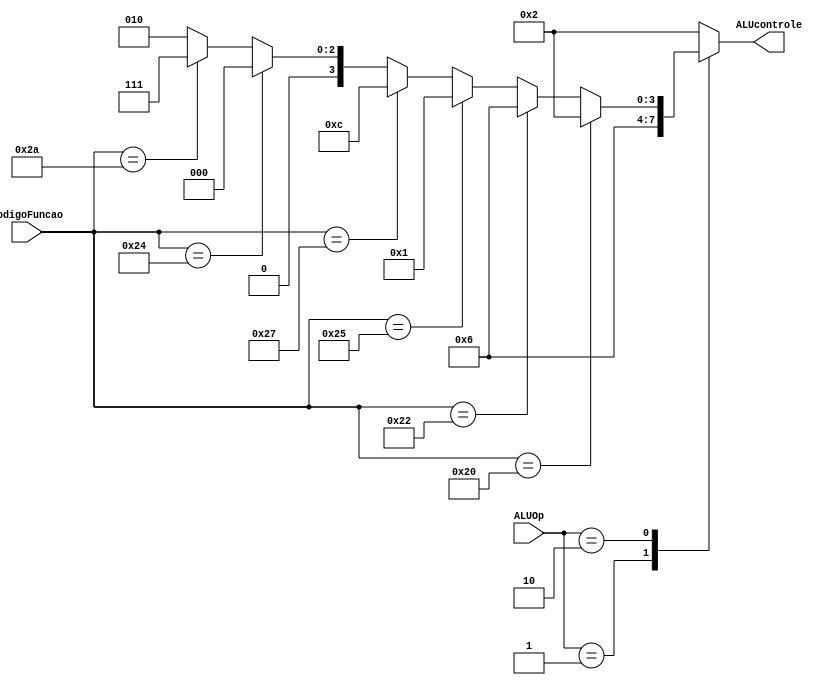
module alucontrol (ALUOp, codigoFuncao, ALUcontrole);
	input [1:0] ALUOp;
	input [5:0] codigoFuncao;
	output reg [3:0] ALUcontrole;
	
	always @(*) begin
		case(ALUOp)
			0: ALUcontrole <= 2;  //lw, sw....nao possuem o campo funct
			1: ALUcontrole <= 6; //branch
			2: begin  
                      if(codigoFuncao == 32)
                        ALUcontrole <= 2; //add	
                        
                      else if(codigoFuncao == 34) 
                        ALUcontrole <= 6; //subtract	
                      
                      else if(codigoFuncao == 37)
                        ALUcontrole <= 1; //or
                      
                      else if(codigoFuncao == 39)
                        ALUcontrole <= 12; //nor
                        
                      else if(codigoFuncao == 36)
                        ALUcontrole <= 0; //and	
                      
                      else if(codigoFuncao == 42)
                        ALUcontrole <= 7;  //slt
                      
                      else
                        ALUcontrole <= 2; //add
                      end
			
		default: ALUcontrole <= 2; //add
		endcase
	end
	
	/*always @(*) begin
		case(codigoFuncao)
			32: ALUcontrole = 2; // add
			34: ALUcontrole = 6; //subtract
			36: ALUcontrole = 0; // and
			37: ALUcontrole = 1; // or
			39: ALUcontrole = 12; // nor
			42: ALUcontrole = 7; // slt
			default: ALUcontrole = 15; // No devia acontecer
		endcase
	end*/
endmodule

/*
module simulaalucontrol();
	reg [1:0] aluop;
	reg [5:0] codfunct;
	wire [3:0] alucontrole;
	
	alucontrol inst(aluop, codfunct, alucontrole);
	
	initial begin
		$dumpfile("teste.vcd");
		$dumpvars;
		
		   aluop = 0; codfunct = 1'bx; //operacao lw, sw
		#4 aluop = 1; codfunct = 1'bx; //operacao beq
		#4 aluop = 2; codfunct = 6'b100000; //operacao add
		#4 aluop = 2; codfunct = 6'b100010; //operacao subtract
		#4 aluop = 2; codfunct = 6'b100100; //operacao and
		#4 aluop = 2; codfunct = 6'b100101; //operacao or
		#4 aluop = 2; codfunct = 39; //operacao or
		#4 aluop = 2; codfunct = 6'b101010; //operacao slt
		
		#3 $finish;
	end
endmodule
*/